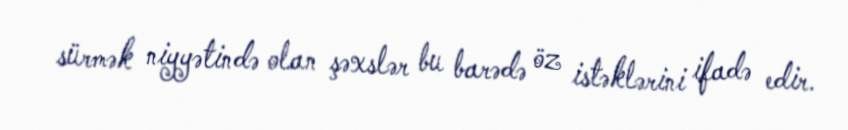
sürmək niyyətində olan şəxslər bu barədə öz istəklərini ifadə edir.